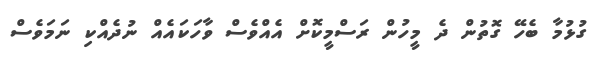
ގުޅުމާ ބެހޭ ގޮތުން ދެ މީހުން ރަސްމީކޮށް އެއްވެސް ވާހަކައެއް ނުދެއްކި ނަމަވެސް